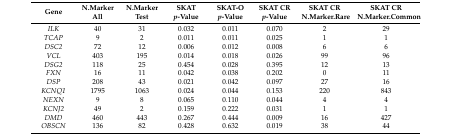
<table><thead><tr><td><b>Gene</b></td><td><b>N.Marker All</b></td><td><b>N.Marker Test</b></td><td><b>SKAT <i>p</i>-Value</b></td><td><b>SKAT-O <i>p</i>-Value</b></td><td><b>SKAT CR <i>p</i>-Value</b></td><td><b>SKAT CR N.Marker.Rare</b></td><td><b>SKAT CR N.Marker.Common</b></td></tr></thead><tbody><tr><td><i>ILK</i></td><td>40</td><td>31</td><td>0.032</td><td>0.011</td><td>0.070</td><td>2</td><td>29</td></tr><tr><td><i>TCAP</i></td><td>9</td><td>2</td><td>0.011</td><td>0.011</td><td>0.025</td><td>1</td><td>1</td></tr><tr><td><i>DSC2</i></td><td>72</td><td>12</td><td>0.006</td><td>0.012</td><td>0.008</td><td>6</td><td>6</td></tr><tr><td><i>VCL</i></td><td>403</td><td>195</td><td>0.014</td><td>0.018</td><td>0.026</td><td>99</td><td>96</td></tr><tr><td><i>DSG2</i></td><td>118</td><td>25</td><td>0.454</td><td>0.028</td><td>0.395</td><td>12</td><td>13</td></tr><tr><td><i>FXN</i></td><td>16</td><td>11</td><td>0.042</td><td>0.038</td><td>0.202</td><td>0</td><td>11</td></tr><tr><td><i>DSP</i></td><td>208</td><td>43</td><td>0.021</td><td>0.042</td><td>0.097</td><td>27</td><td>16</td></tr><tr><td><i>KCNQ1</i></td><td>1795</td><td>1063</td><td>0.024</td><td>0.044</td><td>0.153</td><td>220</td><td>843</td></tr><tr><td><i>NEXN</i></td><td>9</td><td>8</td><td>0.065</td><td>0.110</td><td>0.044</td><td>4</td><td>4</td></tr><tr><td><i>KCNJ2</i></td><td>49</td><td>2</td><td>0.159</td><td>0.222</td><td>0.031</td><td>1</td><td>1</td></tr><tr><td><i>DMD</i></td><td>460</td><td>443</td><td>0.267</td><td>0.444</td><td>0.009</td><td>16</td><td>427</td></tr><tr><td><i>OBSCN</i></td><td>136</td><td>82</td><td>0.428</td><td>0.632</td><td>0.019</td><td>38</td><td>44</td></tr></tbody></table>